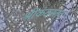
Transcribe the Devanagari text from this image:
श्रीकंठस्तव